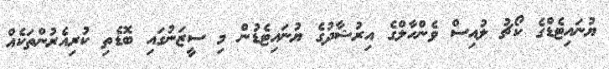
ޔުނައިޓެޑްގެ ކޯޗު ލުއިސް ވެންހާލްގެ އިރުޝާދުގެ ޔުނައިޓެޑުން މި ސީޒަނުގައި ބޮޑެތި ކުރިއެރުންތަކެއް